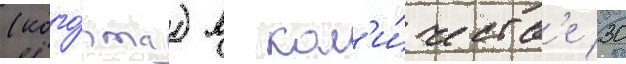
(кого́рта) в кол'и́честв'е 30